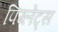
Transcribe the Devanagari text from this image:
पिग्लेट्स